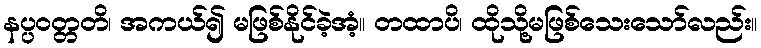
နပ္ပဝတ္တတိ၊ အကယ်၍ မဖြစ်နိုင်ခဲ့အံ့။ တထာပိ၊ ထိုသို့မဖြစ်သေးသော်လည်း။